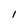
Character: l